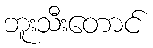
ဘူးသီးတောင်